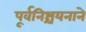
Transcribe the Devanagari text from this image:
पूर्वनिश्चयनाने